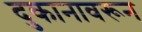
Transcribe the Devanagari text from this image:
दुकानावरून